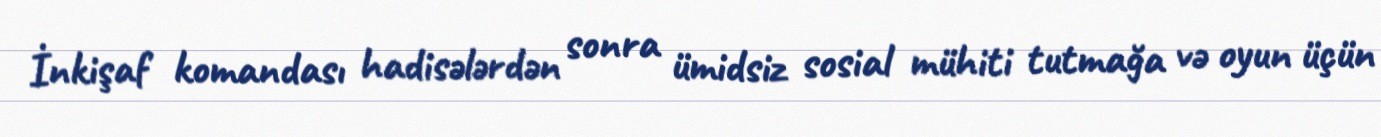
İnkişaf komandası hadisələrdən sonra ümidsiz sosial mühiti tutmağa və oyun üçün